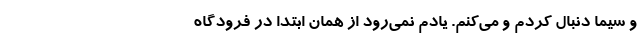
و سیما دنبال کردم و می‌کنم. یادم نمی‌رود از همان ابتدا در فرودگاه